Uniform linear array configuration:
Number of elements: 32
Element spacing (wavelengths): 1
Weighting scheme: kaiser
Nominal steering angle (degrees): -30
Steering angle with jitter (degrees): -30.759
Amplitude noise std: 0.05
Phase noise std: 0.05

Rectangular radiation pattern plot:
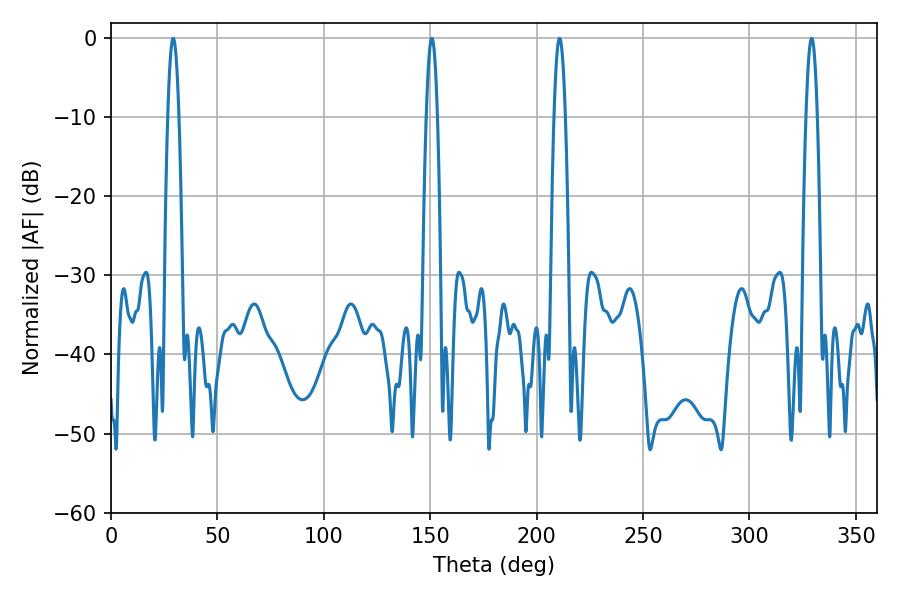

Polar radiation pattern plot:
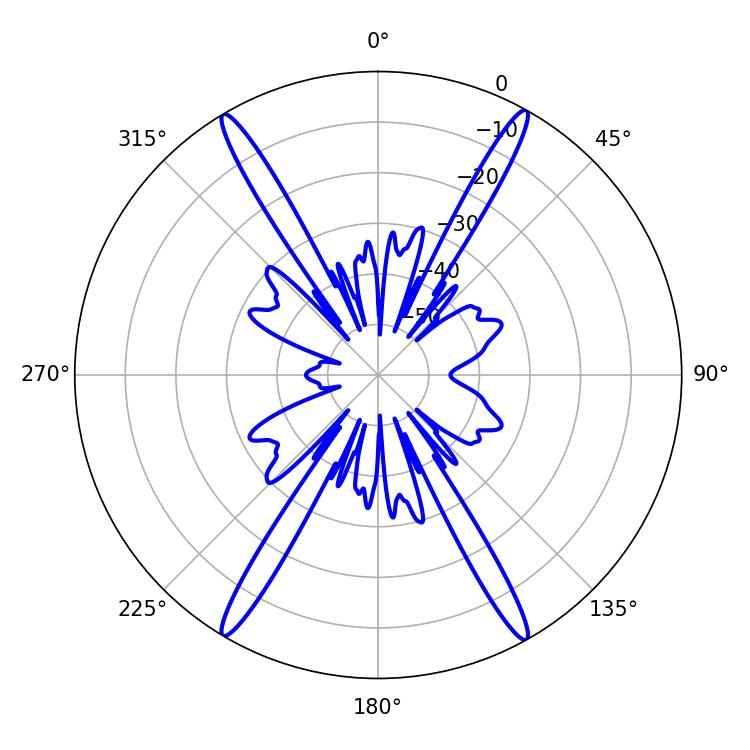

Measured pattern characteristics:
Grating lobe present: TRUE
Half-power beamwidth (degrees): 2.88
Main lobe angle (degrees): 210.78